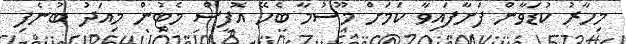
މިހާރު ކުޑަވާން ފަށާފައިވާ ކަމަށް މޫސުމާ ބެހޭ އޮފީސް މެޓުން މިއަދު ބުނެފި